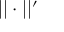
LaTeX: | | \cdot | | ^ { \prime }